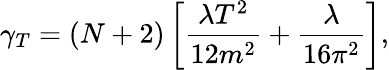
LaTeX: \gamma_{T}=(N+2)\left[\frac{\lambda T^{2}}{12m^{2}}+\frac{\lambda}{16\pi^{2}}\right],